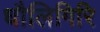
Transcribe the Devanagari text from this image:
धौलिगिरि